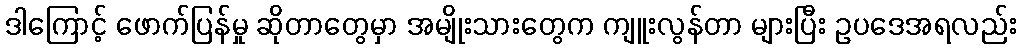
ဒါကြောင့် ဖောက်ပြန်မှု ဆိုတာတွေမှာ အမျိုးသားတွေက ကျူးလွန်တာ များပြီး ဥပဒေအရလည်း